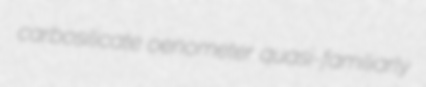
carbosilicate oenometer quasi-familiarly